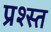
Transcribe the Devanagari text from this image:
प्रश्स्त